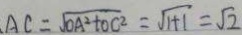
A C = \sqrt { O A ^ { 2 } + O C ^ { 2 } } = \sqrt { 1 + 1 } = \sqrt { 2 }